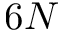
6 N